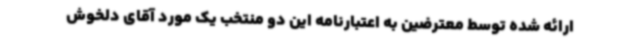
ارائه شده توسط معترضین به اعتبارنامه این دو منتخب یک مورد آقای دلخوش